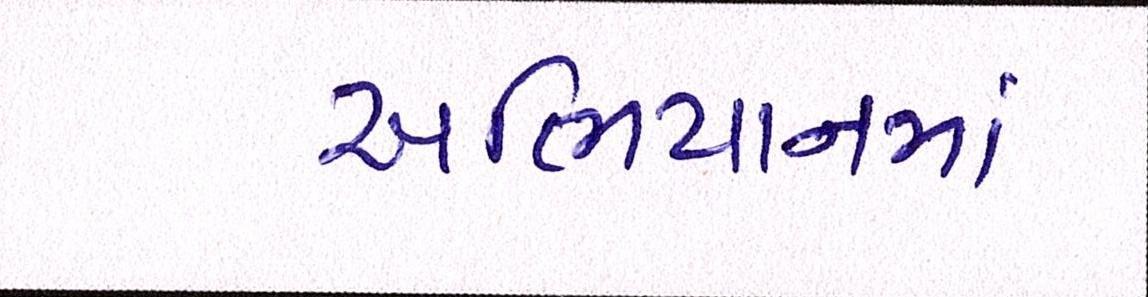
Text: અભિયાનમાં